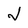
Character: j